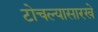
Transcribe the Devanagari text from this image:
टोचल्यासारखे